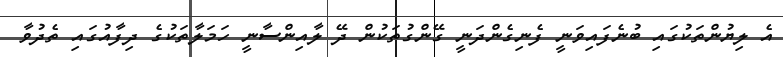
އެ ލިޔުންތަކުގައި ބުނެފައިވަނީ ފެނިގެންދަނީ ގޭންގުތަކުން ދޭ ލާއިންސާނީ ހަމަލާތަކުގެ ދިފާއުގައި ތެދުވާ